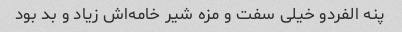
پنه الفردو خیلی سفت و مزه شیر خامه‌اش زیاد و بد بود